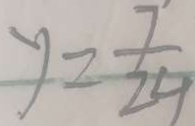
y = \frac { 7 } { 2 4 }